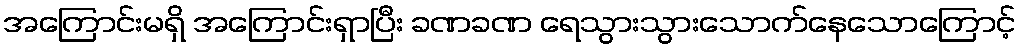
အကြောင်းမရှိ အကြောင်းရှာပြီး ခဏခဏ ရေသွားသွားသောက်နေသောကြောင့်